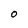
Character: O